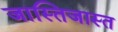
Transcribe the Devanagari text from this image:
जास्तिजास्त